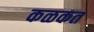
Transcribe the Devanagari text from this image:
कळकत